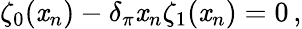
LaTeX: \zeta_{0}(\mathit{x}_{n})-\delta_{\pi}\mathit{x}_{n}\zeta_{1}(\mathit{x}_{n})=0\, ,